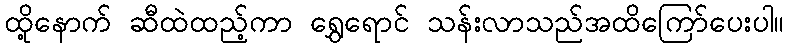
ထို့နောက် ဆီထဲထည့်ကာ ရွှေရောင် သန်းလာသည်အထိကြော်ပေးပါ။